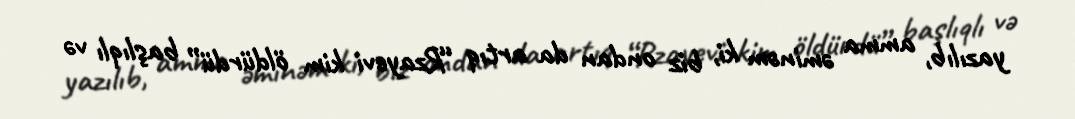
yazılıb, amma əminəm ki, biz ondan da artıq “Rzayevi kim öldürdü” başlıqlı və